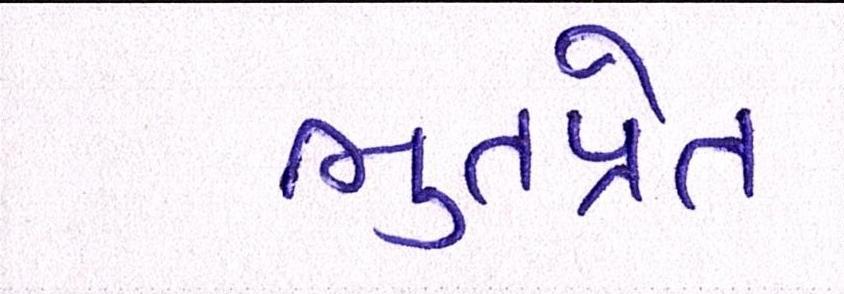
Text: ભુતપ્રેત